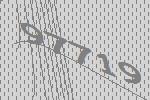
97719